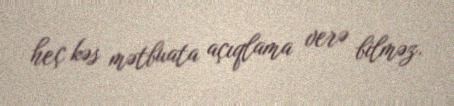
heç kəs mətbuata açıqlama verə bilməz.